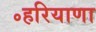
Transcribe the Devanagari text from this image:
॰हरियाणा